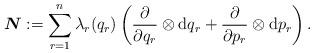
LaTeX: \begin{align*} \boldsymbol{N}:=\sum_{r=1}^n \lambda_r(q_r)\left( \frac{\partial}{\partial q_r}\otimes \mathrm{d} q_r+ \frac{\partial}{\partial p_r}\otimes \mathrm{d} p_r\right) . \end{align*}